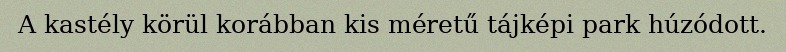
A kastély körül korábban kis méretű tájképi park húzódott.